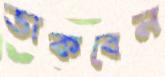
ডাকবেন